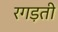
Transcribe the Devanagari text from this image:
रगड़ती